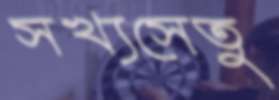
সখ্যসেতু